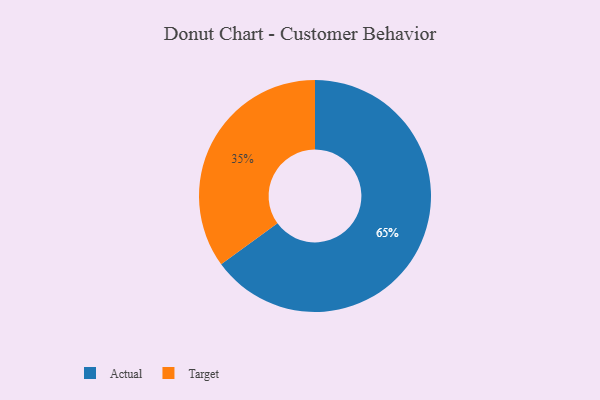
{"axis": {"x": "Category", "y": "Percentage"}, "legend": ["Actual", "Target"], "data": [{"x": "Actual", "y": 65, "type": "Actual"}, {"x": "Target", "y": 35, "type": "Target"}]}